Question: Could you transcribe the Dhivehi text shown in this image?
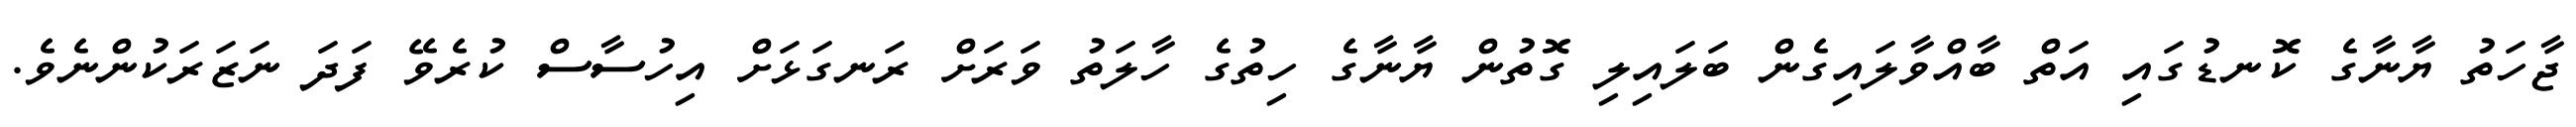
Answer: ޖާހަތު ޔާނާގެ ކޮނޑުގައި އަތް ބާއްވާލައިގެން ބަލައިލި ގޮތުން ޔާނާގެ ހިތުގެ ހާލަތު ވަރަށް ރަނގަޅަށް އިހުސާސް ކުރެވޭ ފަދަ ނަޒަރަކުންނެވެ.